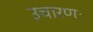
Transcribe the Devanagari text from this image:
उचारणः